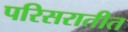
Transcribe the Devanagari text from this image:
परिसरातीत